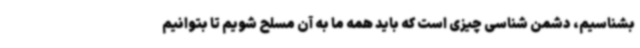
بشناسیم، دشمن شناسی چیزی است که باید همه ما به آن مسلح شویم تا بتوانیم